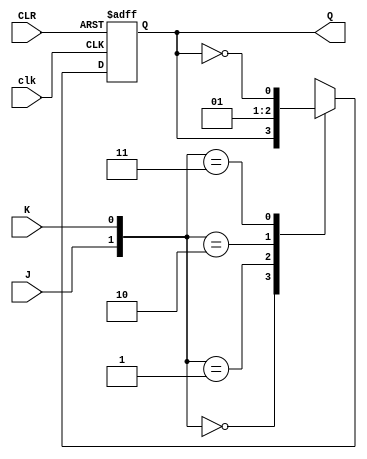
module jk_latch(
    input wire clk,
    input wire J,
    input wire K,
    input wire CLR,
    output reg Q
);

always @(posedge clk or posedge CLR) begin
    if (CLR) begin
        Q <= 1'b0;
    end else begin
        case ({J, K})
            2'b00: Q <= Q; // Retains current state
            2'b01: Q <= 1'b0; // Resets to low state
            2'b10: Q <= 1'b1; // Sets to high state
            2'b11: Q <= ~Q; // Toggles state
        endcase
    end
end

endmodule